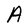
Character: A